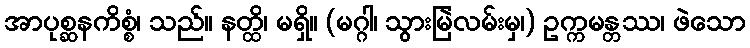
အာပုစ္ဆနကိစ္စံ၊ သည်။ နတ္ထိ၊ မရှိ။ (မဂ္ဂါ၊ သွားမြဲလမ်းမှ၊) ဥက္ကမန္တဿ၊ ဖဲသော